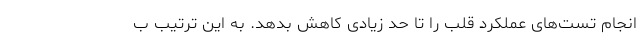
انجام تست‌های عملکرد قلب را تا حد زیادی کاهش بدهد. به این ترتیب ب